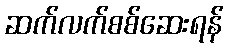
ဆက်လက်စစ်ဆေးရန်